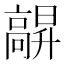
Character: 髜